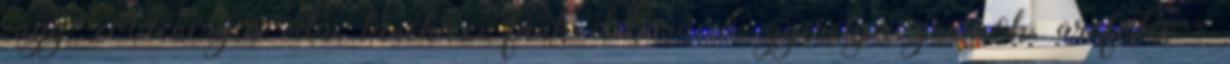
vagy zöldenergia vita, táncház, fánk dekoráció, gyerekprogramok, arcfestés =